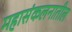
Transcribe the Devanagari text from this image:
महासंकलनातील